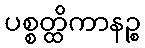
ပစ္စတ္ထိကာနဉ္စ